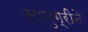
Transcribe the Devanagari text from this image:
सामुग्रीने